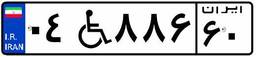
۰۴W۵۳۸۶۹